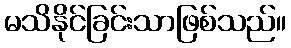
မသိနိုင်ခြင်းသာဖြစ်သည်။